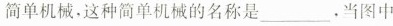
简单机械。这种简单机械的名称是______。当图中